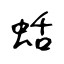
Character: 蛞